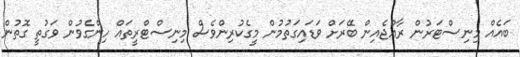
ބައެއް މިނިސްޓަރުން ރާއްޖެއިން ބޭރަށް ވަޑައިގަތުމުން މީގެކުރިންވެސް މިނިސްޓްރީތައް ހިންގެވުން ވަގުތީ ގޮތުން